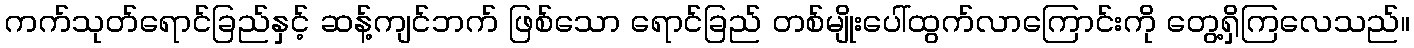
ကက်သုတ်ရောင်ခြည်နှင့် ဆန့်ကျင်ဘက် ဖြစ်သော ရောင်ခြည် တစ်မျိုးပေါ်ထွက်လာကြောင်းကို တွေ့ရှိကြလေသည်။